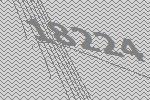
18224